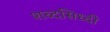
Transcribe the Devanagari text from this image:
शब्दसिध्दी